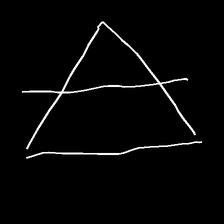
Glyph: empower